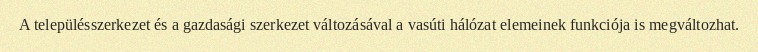
A településszerkezet és a gazdasági szerkezet változásával a vasúti hálózat elemeinek funkciója is megváltozhat.